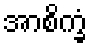
အာစိက္ခံ